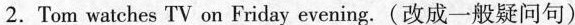
2.Tom watches TV on Friday evening.(改成一般疑问句)